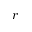
r